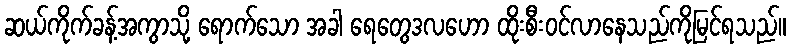
ဆယ်ကိုက်ခန့်အကွာသို့ ရောက်သော အခါ ရေတွေဒလဟော ထိုးစီးဝင်လာနေသည်ကိုမြင်ရသည်။